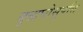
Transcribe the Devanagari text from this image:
बुद्धघोसुपत्ति